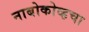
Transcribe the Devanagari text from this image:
नाबोकोव्हचा